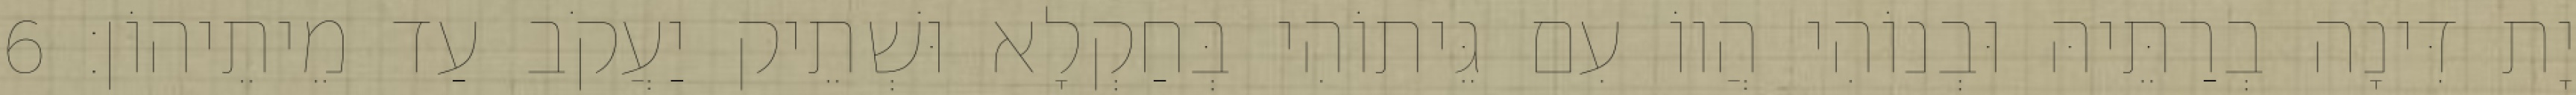
יָת דִּינָה בְרַתֵּיהּ וּבְנוֹהִי הֲווֹ עִם גֵּיתוֹהִי בְּחַקְלָא וּשְׁתֵיק יַעֲקֹב עַד מֵיתֵיהוֹן׃ 6